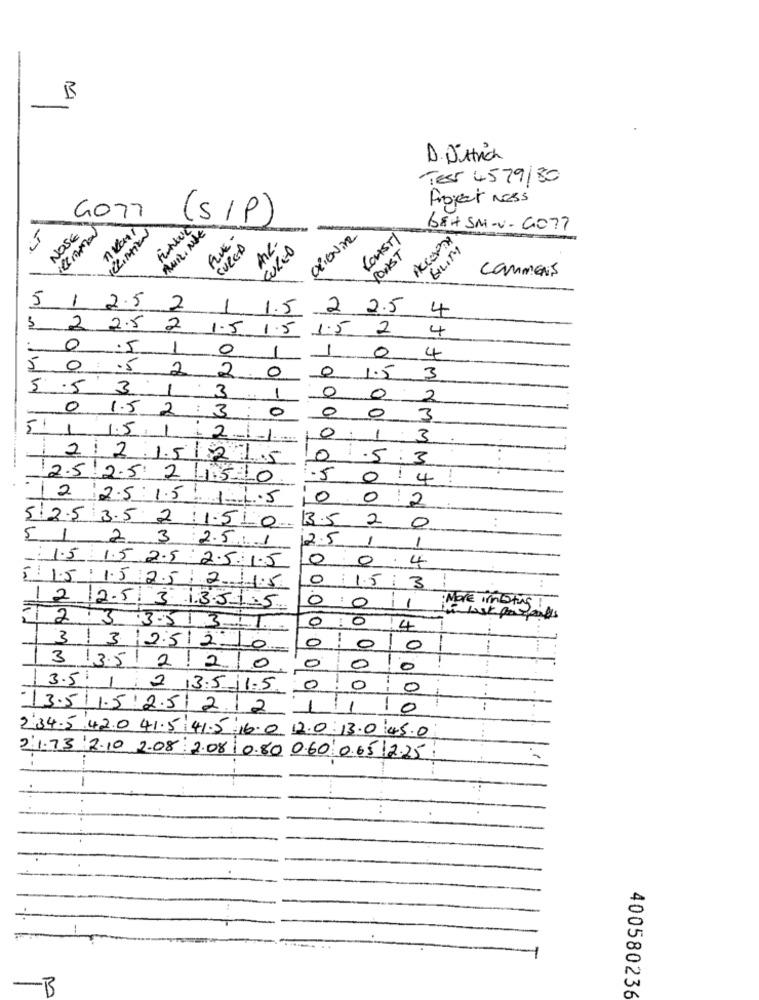
B
-
D. Dittrich
Tess 4579/80
Project Ness
4077
(SIP)
NOSE
neani
CLINTON
AURINE
BEH SM-V-GO77
FLUE -
Az-
chore
COAST/
CURCA
CURED
ROAST
GILIMY
CamMENS
5
1 2.5 2
1
1.5
2 2.5
4
2 2.5 2 1.5
1.5
1.5
2
4
0
5
1
0
1
0
4
5 0
:. 5
2
2
0
0
1.5
3
5 .5
3
1
3
0
1
0
2
0
0 1.5 2 : 3
0
0
3
5: 1 1.5.
1 . 2
0
1
3
122 15 21.5
0
.5
.3
2.5 2.5 2 150
.5
0 : 4
12 :2.5:1.5 1 4.5
0
0
2
2
5 2.5 3.5 2 11.510
13.5
0
5 1 2 3 2.5 .1
12.5
1
1
0
0
4
1.5 1.5 2.5 2.5.1.5
0
1.5:
3
5 15 15 2.5: 24.5
0
More inlisting
12 2.5 3 13.5 1.5
0
1
0
0
7233513 1.
14
-
332520
0
0
3351220
0
0
0
3.5 1 2 3.5 11.5
0
0
-
0
13.5 1.5.2.512.12.
11
0
234-542.0 415 415 16.0 2.0.13.045.0
21.73 2.10 2.08: 2.08 | 0.80 0.60 0.65 2.25
1
-B
400580236